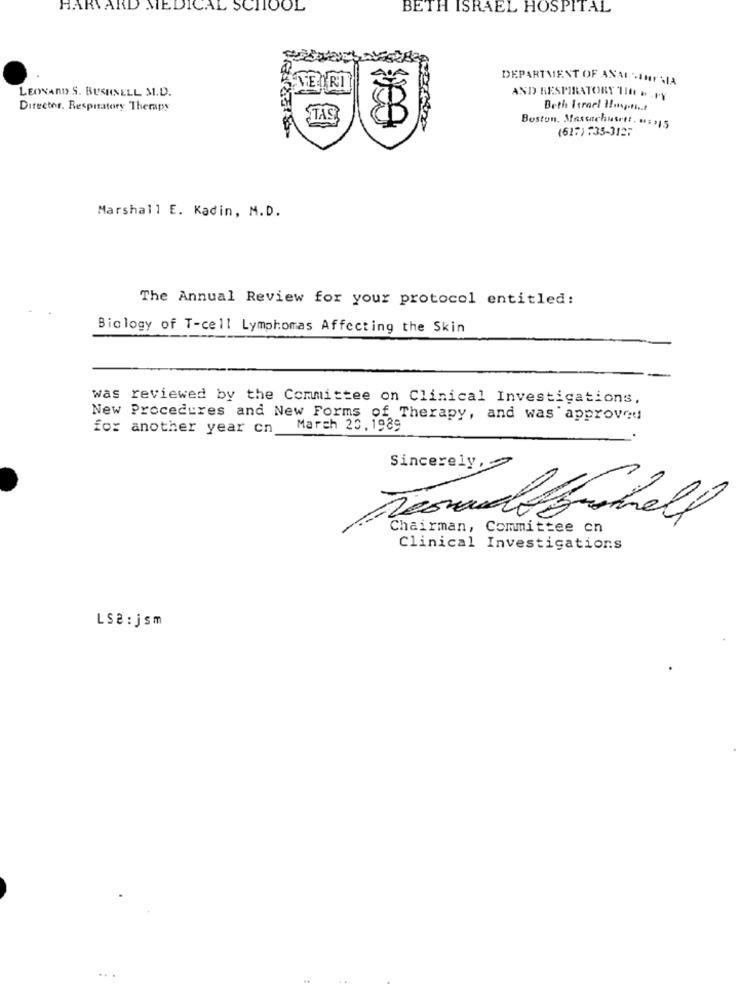
HARVARD MEDICAL SCHOOL
BETH ISRAEL HOSPITAL
DEPARTMENT OF ANAL-IMPVIA
LEONARD S. BUSHNELL M.D.
AND RESPIRATORY 110 ».PY
Director. Respiratory Therapy
Beth Israel Hospoti .. t
Boston, Massachuset. == >15
(617)$35-3197
Marshall E. Kadin, M.D.
The Annual Review for your protocol entitled:
Biology of T-cell Lymphomas Affecting the Skin
was reviewed by the Committee on Clinical Investigations,
New Procedures and New Forms of Therapy, and was approved
for another year cn
March 20,1989
Sincerely,
Chairman, Committee cn
Clinical Investigations
LSe: jsm
...